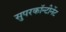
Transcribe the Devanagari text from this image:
सुपरकॉन्टीनेंट